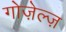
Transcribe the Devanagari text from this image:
गोज़ेल्ज़